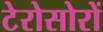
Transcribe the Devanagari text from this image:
टेरोसोरों